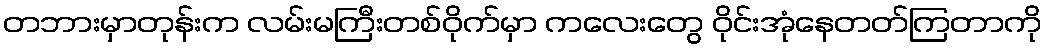
တဘားမှာတုန်းက လမ်းမကြီးတစ်ဝိုက်မှာ ကလေးတွေ ဝိုင်းအုံနေတတ်ကြတာကို